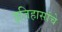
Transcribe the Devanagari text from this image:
इतिहासांचे